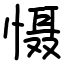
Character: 慑